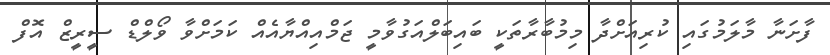
ފާށަނާ މާލަމުގައި ކުރިއަށްދާ މިމުބާރާތަކީ ބައިބަލްއަގުވާމީ ޖަމްއިއްޔާއެއް ކަމަށްވާ ވޯލްޑް ސީރީޒް އޮފް